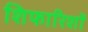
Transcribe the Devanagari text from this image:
शिफारिशों